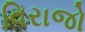
વિરાજો